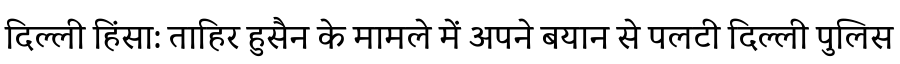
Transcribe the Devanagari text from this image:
दिल्ली हिंसा: ताहिर हुसैन के मामले में अपने बयान से पलटी दिल्ली पुलिस